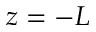
z = - L